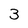
Character: 3